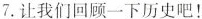
7.让我们回顾一下历史吧!